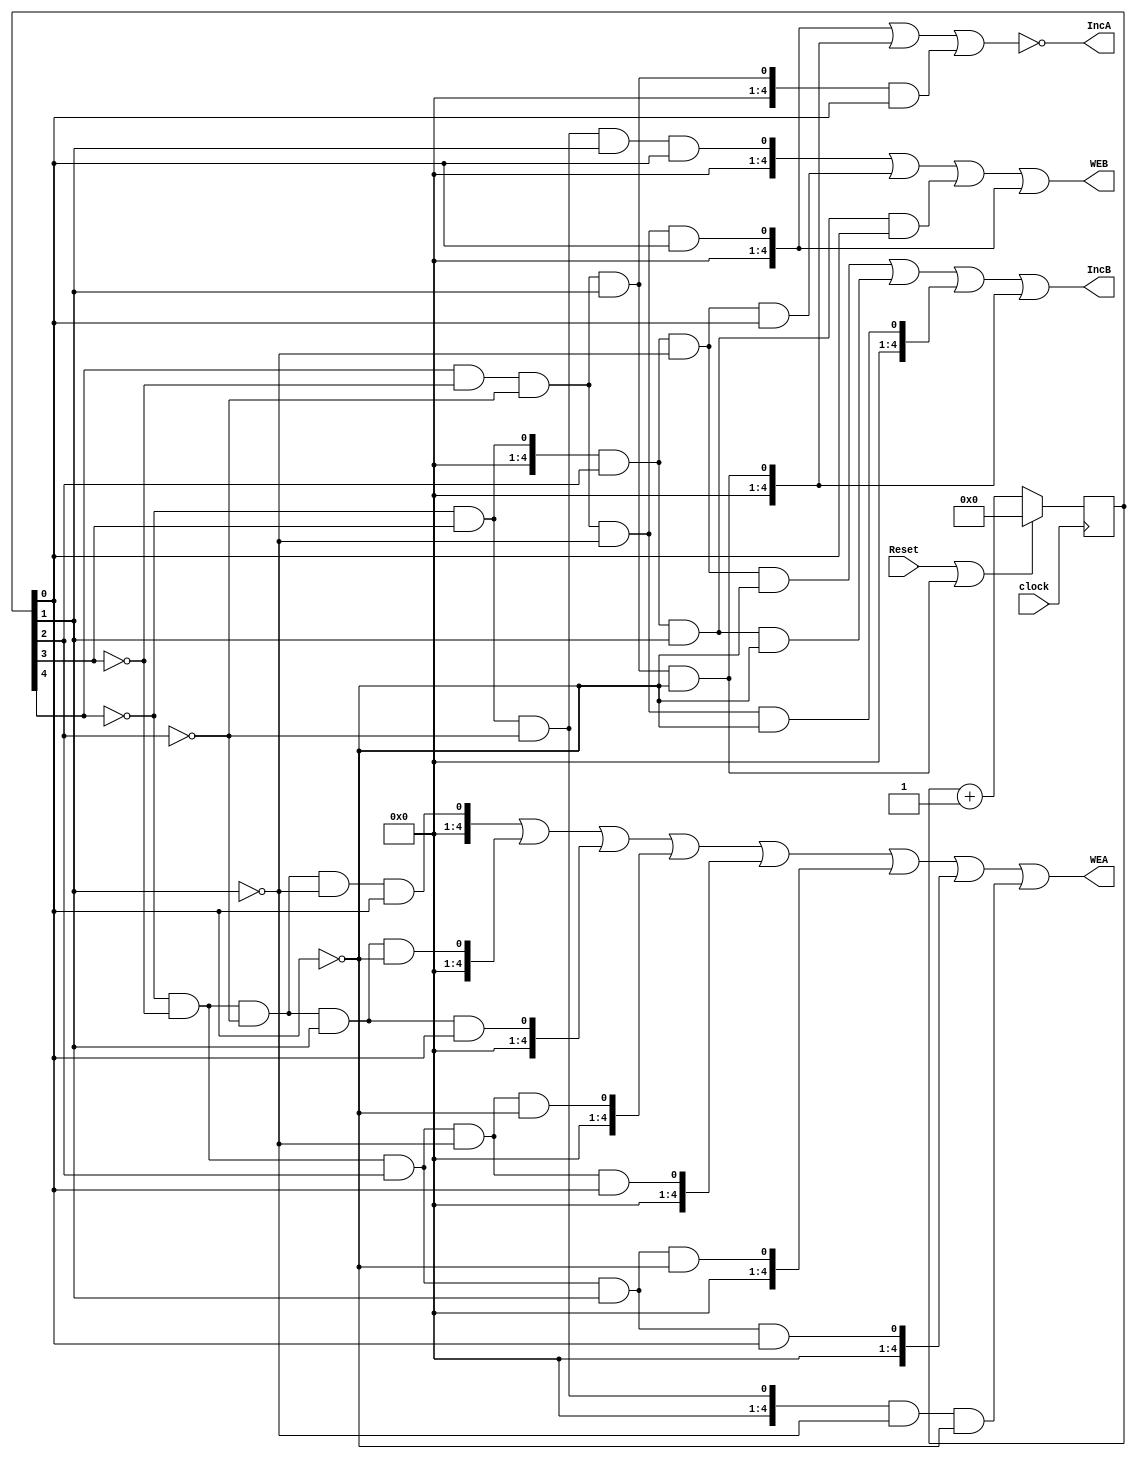
module Controller(WEA, IncA, IncB, WEB, Reset, clock);

output reg WEA = 0, IncA = 0, IncB = 0, WEB = 0;
reg [4:0] Out;
input Reset, clock;
reg  [4:0] GA1, GA2, GA3, GA4, GA5, GA6, GA7, GA8, GB1, GB2, GB3, GC1, GC2, GC3, GC4, GD1, GD2, GD3, GD4, GD5;



always@(posedge clock)
begin
	if(Reset || (Out[4]& (!Out[3]) & (!Out[2]) & Out[1]& (!Out[0])))
		Out <= 0;
	else
		Out <= Out +1;
end


always @(*)
begin
	GA1 = ((!Out[4])& (!Out[3]) & (!Out[2]) & (!Out[1]) & Out[0]);
	GA2 = ((!Out[4])& (!Out[3]) & (!Out[2]) & Out[1] & (!Out[0]));
	GA3 = ((!Out[4])& (!Out[3]) & (!Out[2]) & Out[1] & Out[0]);
	GA4 = ((!Out[4])& (!Out[3]) & Out[2] & (!Out[1]) & (!Out[0]));
	GA5 = ((!Out[4])& (!Out[3]) & Out[2] & (!Out[1]) & Out[0]);
	GA6 = ((!Out[4])& (!Out[3]) & Out[2] & Out[1] & (!Out[0]));
	GA7 = ((!Out[4])& (!Out[3]) & Out[2] & Out[1] & Out[0]);
	GA8 = ((!Out[4])& Out[3] & (!Out[2]) & (!Out[1]) & (!Out[0]));

	GB1 = (Out[4] & (!Out[3]) & (!Out[2]) & (!Out[1]) & Out[0]);
	GB2 = (Out[4] & (!Out[3]) & (!Out[2]) & Out[1] & (!Out[0]));
	GB3 = (Out[4] & (!Out[3]) & (!Out[2]) & Out[1] & Out[0]);

	GC1 = ((!Out[4])& Out[3] & Out[2] & (!Out[1]) & (!Out[0]));
	GC2 = ((!Out[4])& Out[3] & Out[2] & Out[1] & (!Out[0]));
	GC3 = (Out[4] & (!Out[3]) & (!Out[2]) & (!Out[1]) & (!Out[0]));
	GC4 = (Out[4] & (!Out[3]) & (!Out[2]) & Out[1] & (!Out[0]));

	GD1 = ((!Out[4])& Out[3] & (!Out[2]) & Out[1] & Out[0]);
	GD2 = ((!Out[4])& Out[3] & Out[2] & (!Out[1]) & Out[0]);
	GD3 = ((!Out[4])& Out[3] & Out[2] & Out[1] & Out[0]);
	GD4 = ( Out[4]& (!Out[3]) & (!Out[2]) & (!Out[1]) & Out[0]);

	WEA = GA1 || GA2 || GA3 || GA4 || GA5 || GA6 || GA7 || GA8;
 	IncA = ~(GB1 || GB2 || GB3);
	IncB = GC1 || GC2 || GC3 || GC4;  
	WEB = GD1 || GD2 || GD3 || GD4;


end	
endmodule